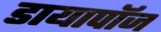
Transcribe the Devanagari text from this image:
डायापॉज